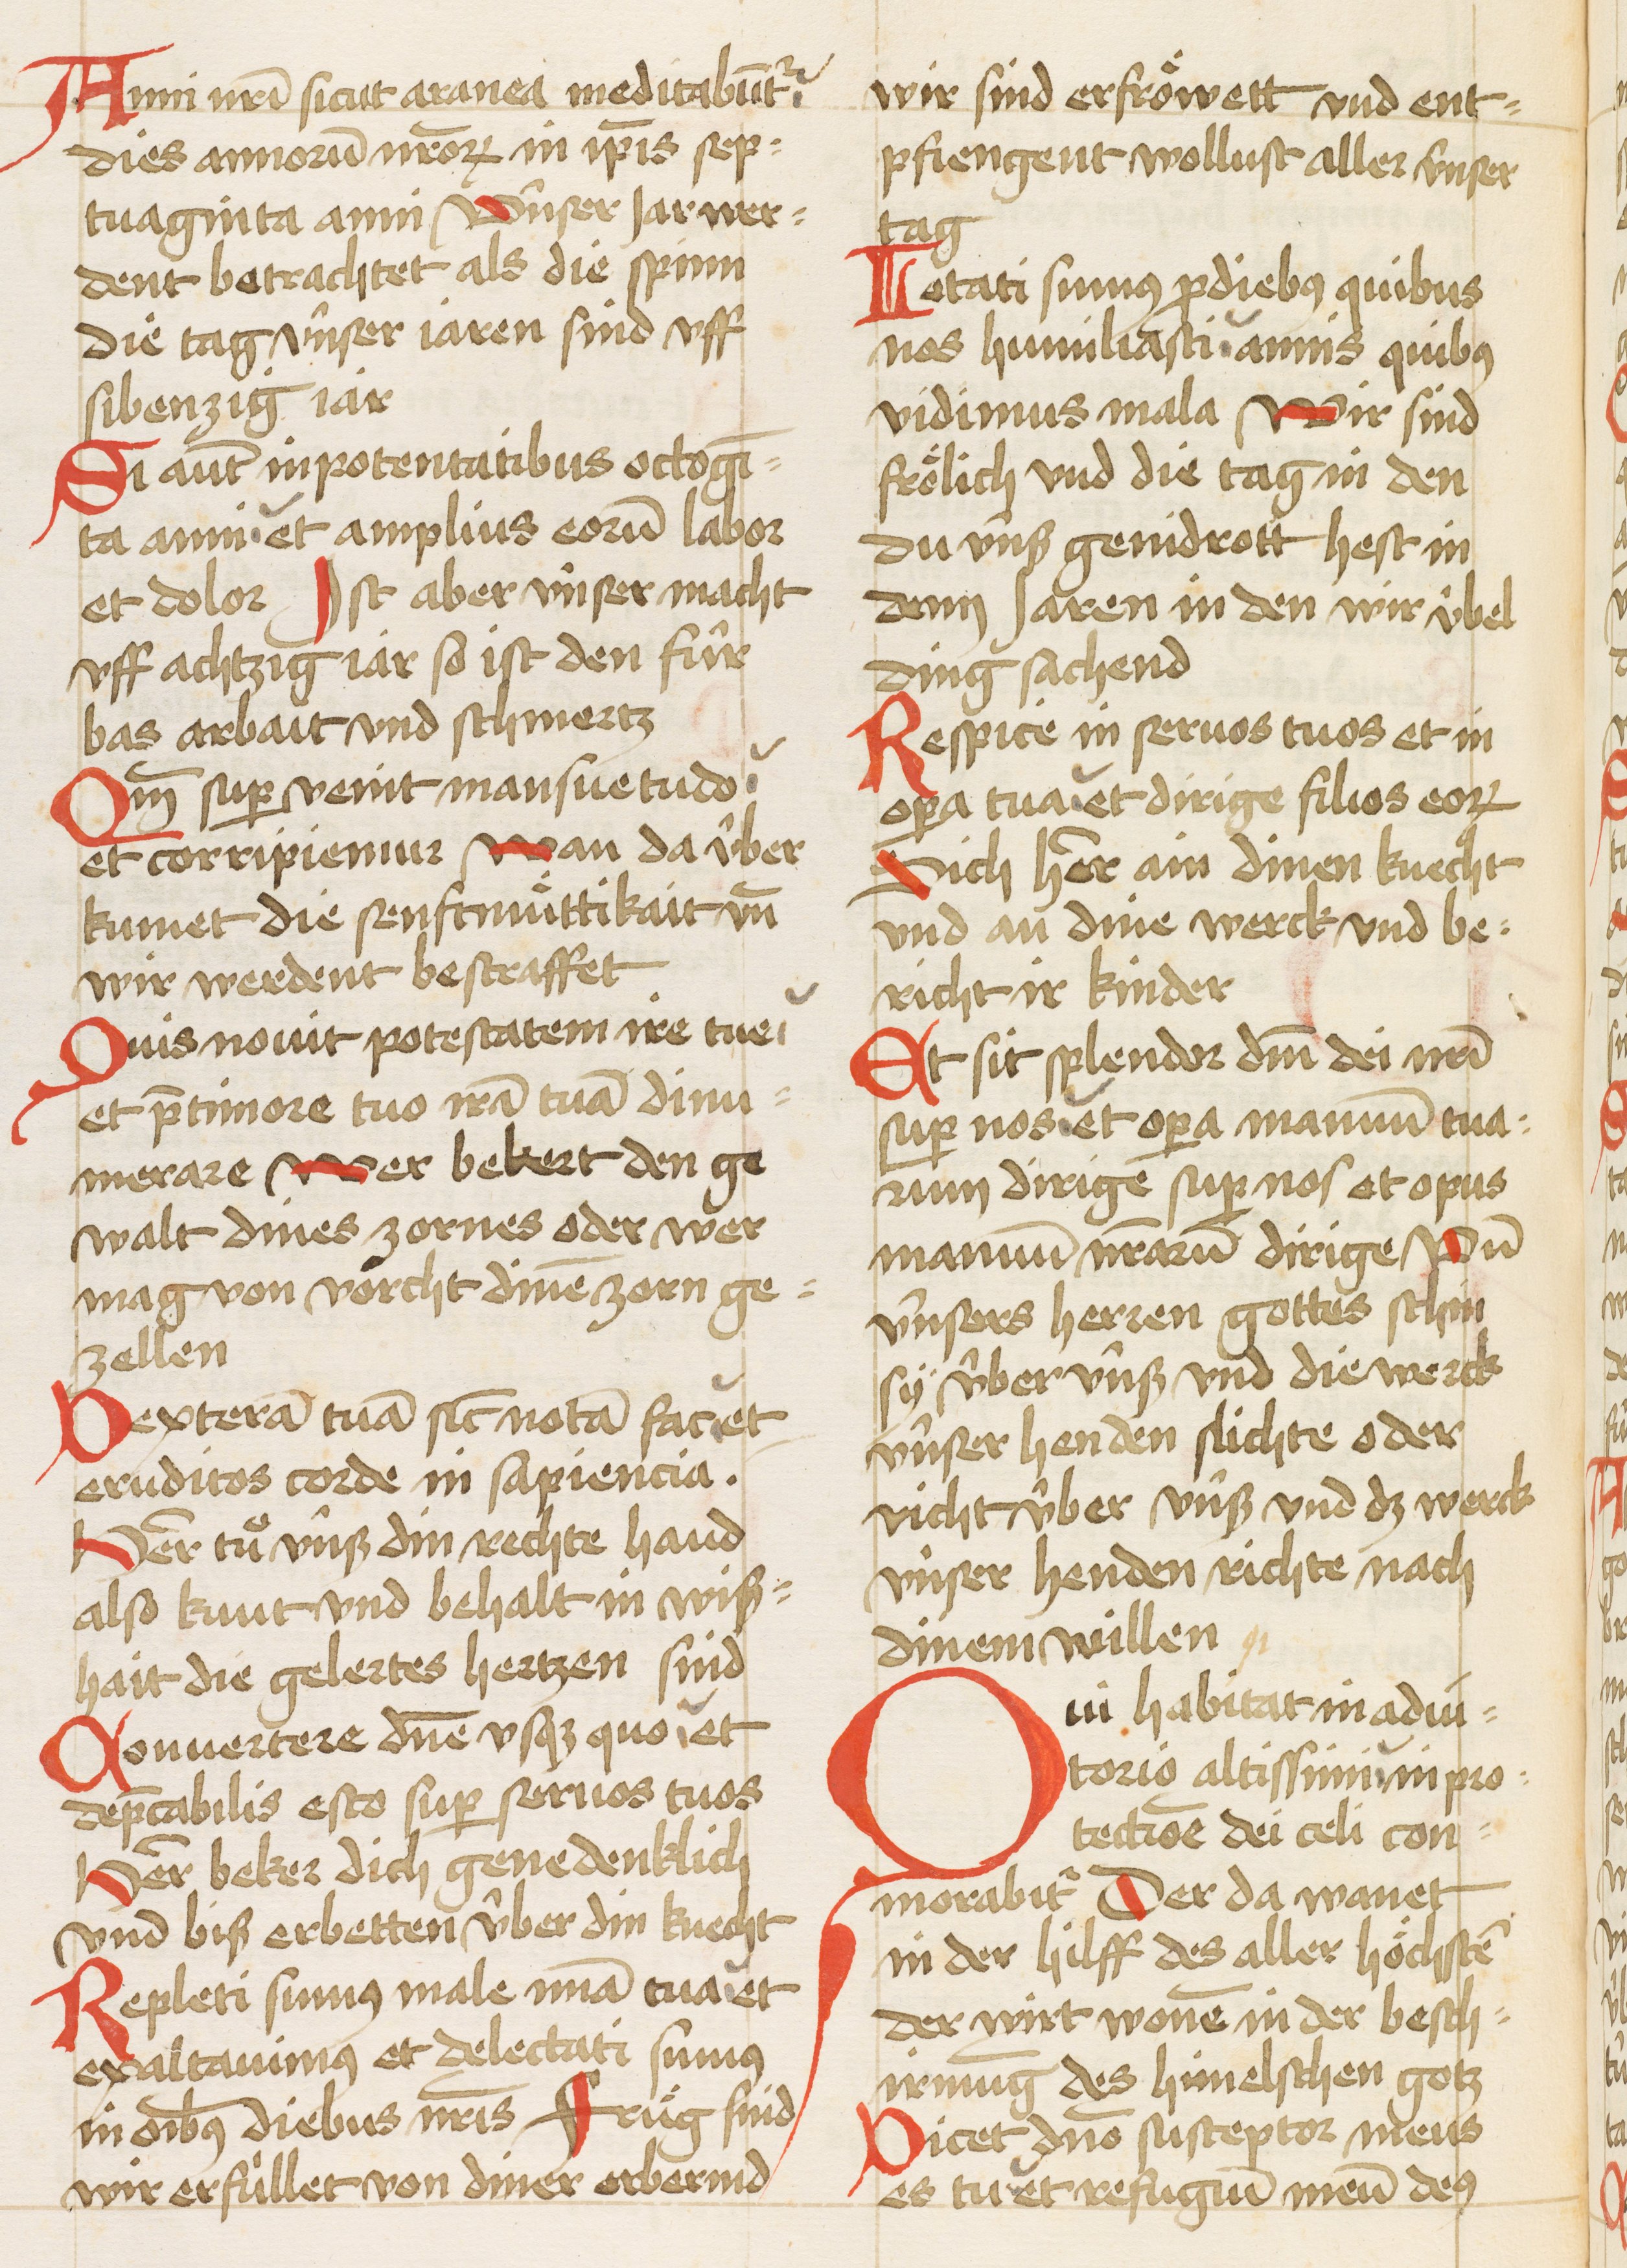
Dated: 1450–1499